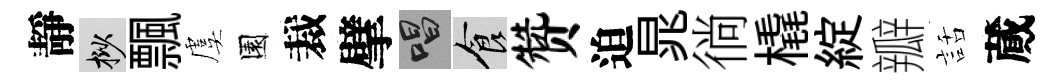
靜挲飄虞園裁擘唱食赞迫晁徜橇綻瓣話蕆